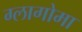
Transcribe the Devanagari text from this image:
ग्लागोमा